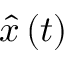
\hat { x } \left( t \right)